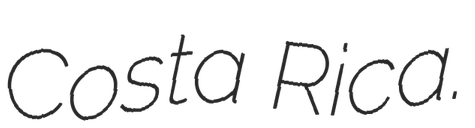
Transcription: Costa Rica.